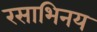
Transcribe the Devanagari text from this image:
रसाभिनय